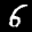
Label: 6